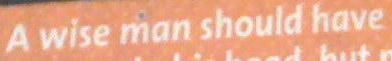
A wise man should have